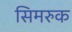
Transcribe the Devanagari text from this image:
सिमरुक